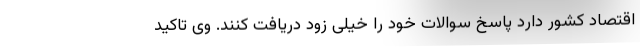
اقتصاد کشور دارد پاسخ سوالات خود را خیلی زود دریافت کنند. وی تاکید